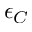
\epsilon _ { C }